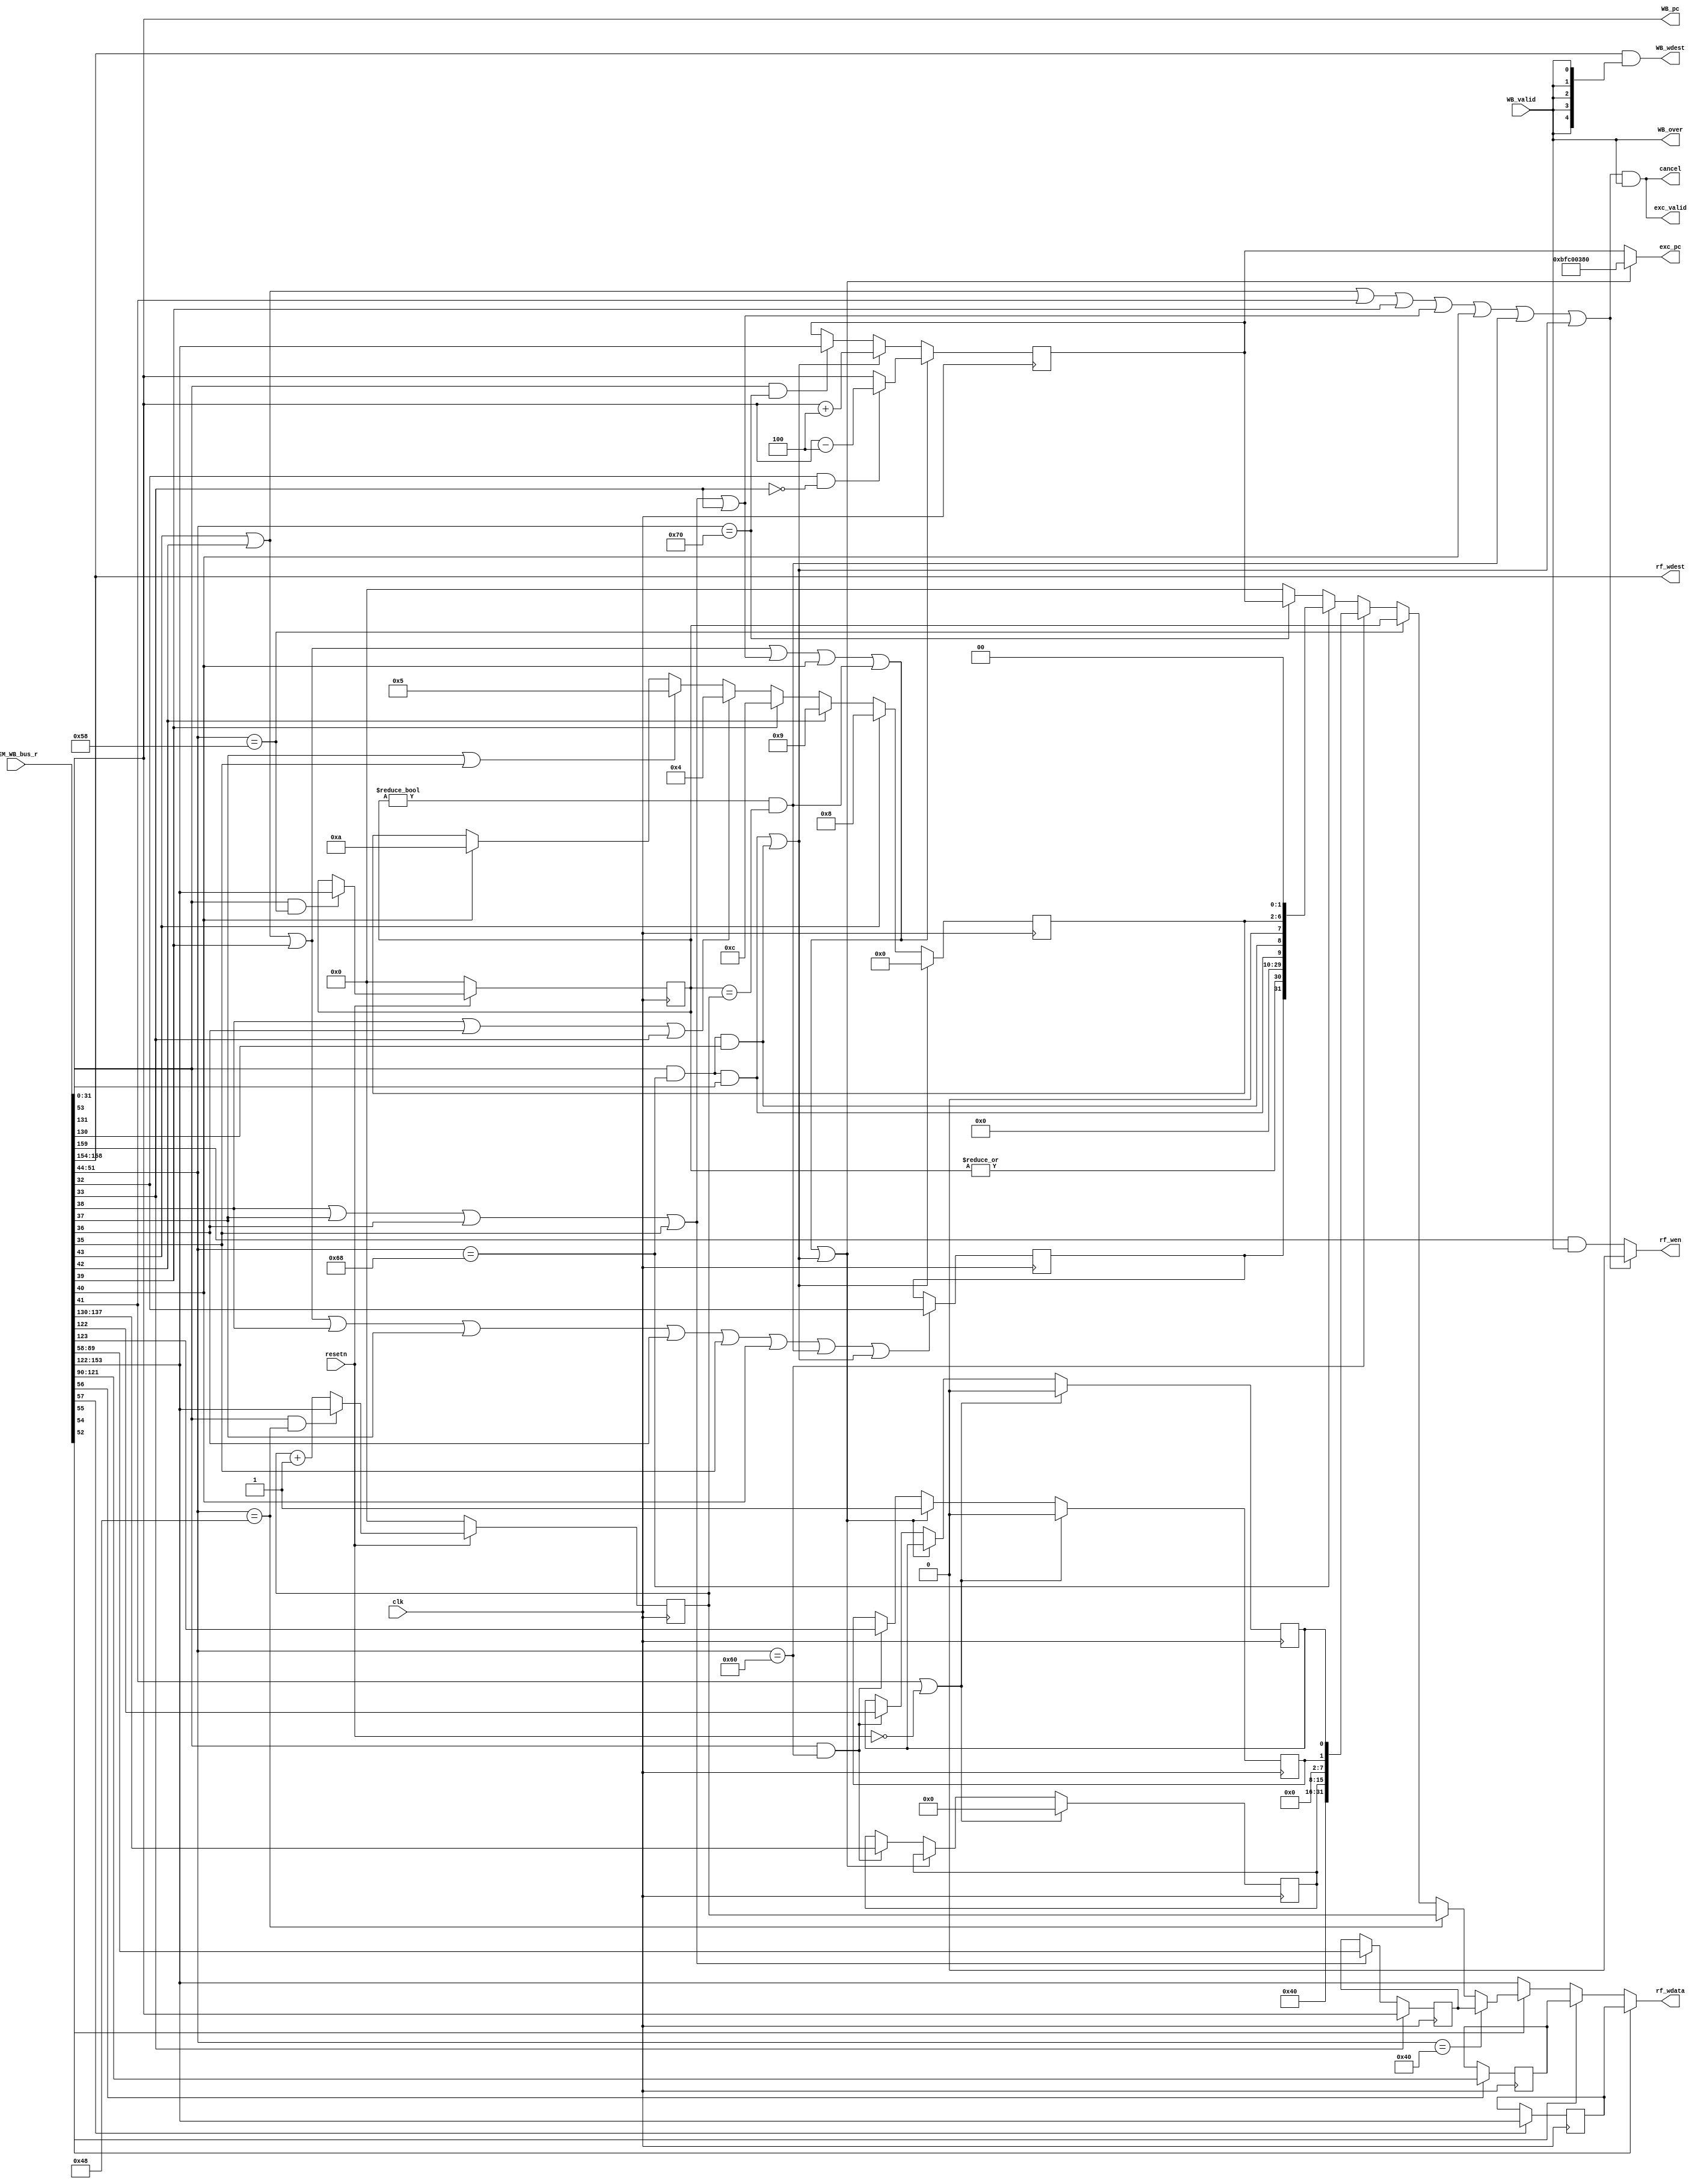
`timescale 1ns / 1ps
`define EXC_ENTER_ADDR 32'HBFC00380    
                               
module wb(                     
    input          WB_valid,     

    input  [160:0] MEM_WB_bus_r, 
    output         rf_wen,     
    output [  4:0] rf_wdest,    
    output [ 31:0] rf_wdata,     
    output         WB_over,     

     input             clk,       
    input             resetn,    
       output        exc_valid,
    output [31:0] exc_pc,
     output [  4:0] WB_wdest,     
     output         cancel,       
      output [ 31:0] WB_pc
 
);

    wire [31:0] mem_result;

    wire [31:0] lo_result;
    wire [31:0] exe_result;
    wire        hi_write;
    wire        lo_write;
    
    wire wen;
    wire [4:0] wdest;
    

    wire mfhi;
    wire mflo;
    wire mtc0;
    wire mfc0;
    wire [7 :0] cp0r_addr;
    wire       syscall;   
    wire      break;
    wire       eret;
    wire       no_inst;
    wire      overflow_result;
    wire      lw_valid;
    wire      sw_valid;
    wire      lh_valid;
    wire      sh_valid;
    wire      j_valid;
    wire      pc_valid;
    wire      time_int;
    wire      is_in_delay;
    wire sw1;
    wire sw0;
    wire sw;
    wire [31:0] pc;    
    assign {wen,
            wdest,
            mem_result,
            lo_result,
            exe_result,
            hi_write,
            lo_write,
            mfhi,
            mflo,
            mtc0,
            mfc0,
            cp0r_addr,
            syscall,
            break,
            eret,
            no_inst,
            overflow_result,
            lw_valid,
            sw_valid,
            lh_valid,
            sh_valid,
            j_valid,
            pc_valid,
            is_in_delay,
            pc} = MEM_WB_bus_r;
    reg [31:0] hi;
    reg [31:0] lo;
    
    always @(posedge clk)
    begin
        if (hi_write)
        begin
            hi <= mem_result;
        end
    end
    always @(posedge clk)
    begin
        if (lo_write)
        begin
            lo <= lo_result;
        end
    end
   wire [31:0] cp0r_count;
   reg [31:0] cp0r_badvaddr;
   wire [31:0] cp0r_compare;
   wire wrongaddr;
   wire [31:0] cp0r_status;
   wire [31:0] cp0r_cause;
   
   wire [31:0] cp0r_epc;
   

   wire status_wen;

   wire epc_wen;
   wire count_wen;
   wire compare_wen;
   wire wrongaddrls;
   wire cause_wen;

   assign status_wen = mtc0 & (cp0r_addr=={5'd12,3'd0});
   assign epc_wen    = mtc0 & (cp0r_addr=={5'd14,3'd0});
   assign count_wen    = mtc0 & (cp0r_addr=={5'd9,3'd0});
   assign compare_wen    = mtc0 & (cp0r_addr=={5'd11,3'd0});
   assign cause_wen    = mtc0 & (cp0r_addr=={5'd13,3'd0});
   assign sw1    = cause_wen & mem_result[9];
   assign sw0    = cause_wen & mem_result[8];
   assign sw    = sw1 | sw0;
   assign wrongaddr    =lw_valid|sw_valid|lh_valid|sh_valid|pc_valid;
   assign wrongaddrls =lw_valid|sw_valid|lh_valid|sh_valid;
  

   wire [31:0] cp0r_rdata;
   assign cp0r_rdata = (cp0r_addr=={5'd8,3'd0}) ? cp0r_badvaddr :
                        (cp0r_addr=={5'd9,3'd0}) ? cp0r_count :
                       (cp0r_addr=={5'd11,3'd0}) ? cp0r_compare :
                       (cp0r_addr=={5'd12,3'd0}) ? cp0r_status :
                       (cp0r_addr=={5'd13,3'd0}) ? cp0r_cause  :
                       (cp0r_addr=={5'd14,3'd0}) ? cp0r_epc : 32'd0;
     reg [31:0] epc_r;
   assign cp0r_epc = epc_r;
   always @(posedge clk)
   begin

       if (syscall|break|overflow_result|wrongaddr|no_inst|time_int)
       begin
           epc_r <= (is_in_delay&&~pc_valid)?pc-4:pc;
       end
       else if (sw)
       begin
           epc_r <= pc+4;
       end
       else if (epc_wen)
       begin
           epc_r <= mem_result;
       end
   end
   reg [31:0] compare_r;
   assign cp0r_compare = compare_r;
   always @(posedge clk)
   begin
       if (!resetn)
       begin
           compare_r <= 32'b0;
       end
       else if (compare_wen)
       begin
           compare_r <= mem_result;
       end
   end
   reg [31:0] count_r;

   assign time_int=compare_r!=0&&compare_r==count_r;
   assign cp0r_count = count_r;
   always @(posedge clk)
   begin
       if (!resetn)
       begin
           count_r <= 32'b0;
       end
       else if (count_wen)
       begin
           count_r <= mem_result;
       end
       else 
       begin
           count_r <= count_r+1;
       end
   end

   always @(posedge clk)
   begin
       if (pc_valid)
       begin
           cp0r_badvaddr <= pc;
       end
       else if (wrongaddrls)
       begin
           cp0r_badvaddr <= exe_result;
       end
   end

   reg status_exl_r;
   reg status_ie_r;
   reg [7:0] status_im_r;
   assign cp0r_status = {9'd0,1'd1,6'd0,status_im_r,6'd0,status_exl_r,status_ie_r};

   always @(posedge clk)
   begin
       if (eret|!resetn)
       begin
           status_exl_r <= 1'b0;
           status_ie_r <= 1'b0;
           status_im_r <= 8'b00000000;
       end
       else if (syscall|break|overflow_result|wrongaddr|no_inst|time_int|sw)
       begin
           status_exl_r <= 1'b1;
       end
       else if (status_wen)
       begin
           status_exl_r <= mem_result[1];
           status_ie_r  <= mem_result[0];
           status_im_r  <= mem_result[15:8];
       end
   end
   

   reg [4:0] cause_exc_code_r;
   wire [1:0] ip01;
   reg cause_branch_delay;
   wire  cause_time_int;
   assign ip01={sw1,sw0};
   assign cause_time_int=|compare_r;
   always @(posedge clk)
   begin
       if (syscall|break|overflow_result|lw_valid|sw_valid|lh_valid|sh_valid|no_inst|time_int|sw)
       begin
           cause_branch_delay <= is_in_delay;
       end

    end
   assign cp0r_cause = {cause_branch_delay,cause_time_int,20'd0,ip01,1'd0,cause_exc_code_r,2'd0};
   always @(posedge clk)
   begin
       if (sw)
       begin
           cause_exc_code_r <= 5'd0;
       end
       else if (syscall)
       begin
           cause_exc_code_r <= 5'd8;
       end
       else if(break)
       begin
           cause_exc_code_r <= 5'd9;
       end
       else if(overflow_result)
       begin
           cause_exc_code_r <= 5'hc;
       end
       
       else if(lw_valid|lh_valid|pc_valid)
       begin
           cause_exc_code_r <= 5'h4;
       end
       else if(sw_valid|sh_valid)
       begin
           cause_exc_code_r <= 5'h5;
       end
       else if(no_inst)
       begin
           cause_exc_code_r <= 5'ha;
       end
   end
   

   assign cancel = (syscall|break | eret|overflow_result|wrongaddr|no_inst|time_int|sw) & WB_over;

    assign WB_over = WB_valid;

    assign rf_wen   = (syscall|break | eret|overflow_result|wrongaddr|no_inst|time_int|sw) ? 1'b0 : wen & WB_over;
    assign rf_wdest = wdest;
    assign rf_wdata = mfhi ? hi :
                      mflo ? lo :
                      mfc0 ? cp0r_rdata : mem_result;


    assign exc_valid =  (syscall|break | eret|overflow_result|wrongaddr|no_inst|time_int|sw) & WB_valid;

    assign exc_pc = (syscall|break|overflow_result|wrongaddr|no_inst|time_int|sw) ? `EXC_ENTER_ADDR : cp0r_epc;
    


    assign WB_wdest = rf_wdest & {5{WB_valid}};
    assign WB_pc = pc;
endmodule